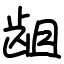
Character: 龃